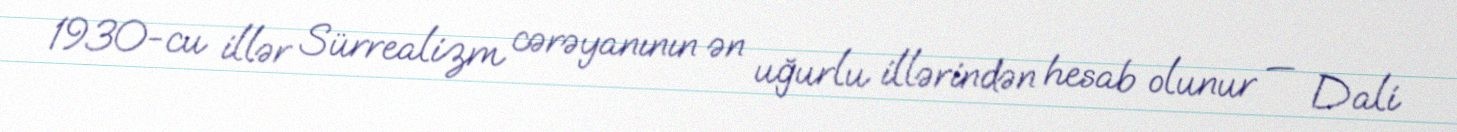
1930-cu illər Sürrealizm cərəyanının ən uğurlu illərindən hesab olunur — Dalí